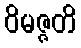
ဝိမဇ္ဇတိ